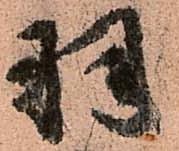
羽